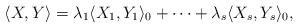
LaTeX: \begin{align*}\langle X,Y\rangle=\lambda_1 \langle X_1,Y_1\rangle_0 + \cdots + \lambda_s \langle X_s,Y_s\rangle_0,\end{align*}